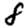
Digit: 8